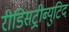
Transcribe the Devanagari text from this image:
रीडिसट्रीब्युटिद